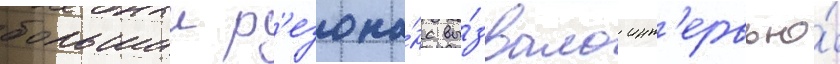
большии р'езона́нс вы́звало инт'ервью́